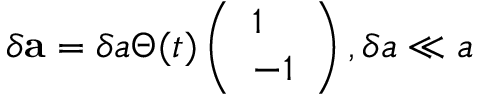
\delta { \bf a } = \delta a \Theta ( t ) \left( \begin{array} { l } { 1 } \\ { - 1 } \end{array} \right) , \delta a \ll a